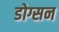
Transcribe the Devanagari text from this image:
डोग्सन